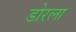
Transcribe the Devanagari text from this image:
डोरला